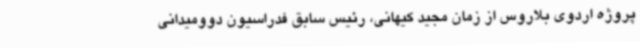
پروژه اردوی بلاروس از زمان مجید کیهانی، رئیس سابق فدراسیون دوومیدانی